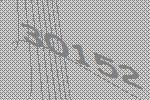
30152